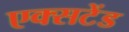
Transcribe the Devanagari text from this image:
एक्सटेंड